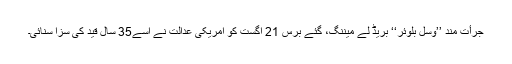
جرأت مند ’’وسل بلوئر‘‘ بریڈ لے میننگ، گئے برس 21 اگست کو امریکی عدالت نے اسے35 سال قید کی سزا سنائی۔